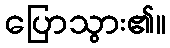
ပြောသွား၏။